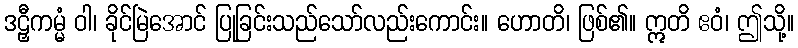
ဒဠှီကမ္မံ ဝါ၊ ခိုင်မြဲအောင် ပြုခြင်းသည်သော်လည်းကောင်း။ ဟောတိ၊ ဖြစ်၏။ ဣတိ ဧဝံ၊ ဤသို့။